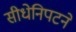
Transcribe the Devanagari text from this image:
सीधेनिपटने